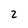
Character: 2